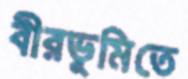
বীরভূমিতে